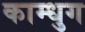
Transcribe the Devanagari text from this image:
काम्धुग